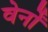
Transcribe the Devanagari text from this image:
वेर्नों